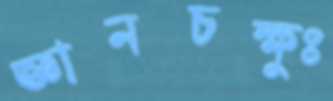
জ্ঞানচক্ষুঃ